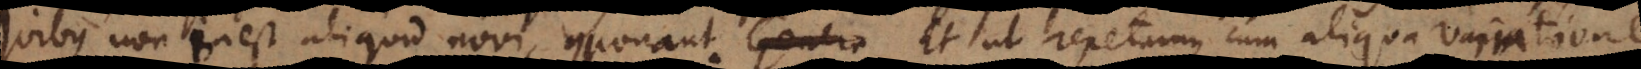
quibus non inest aliquid novi componant. Genera Et ut repetamus cum aliqua variatione.